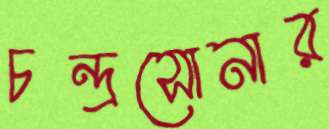
চন্দ্রসোনার